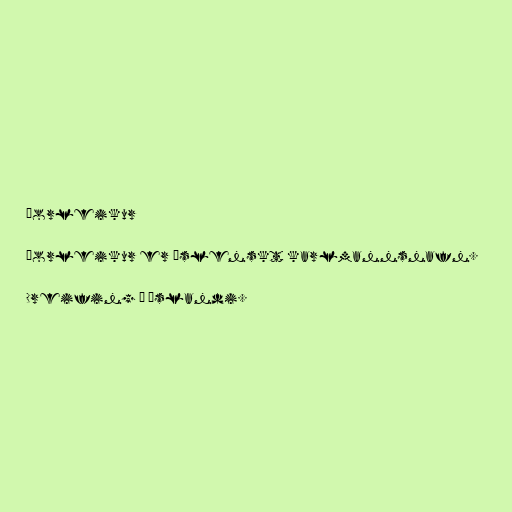
Þorleikur

Þorleikur er íslenskt karlmannsnafn.

Dreifing á Íslandi.